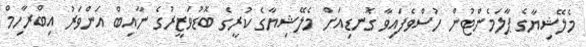
މެލޭޝިޔާގެ ޕާލަމެންޓުން ހުސްވެފައިވާ ގޮނޑިއަށް މެލޭޝިޔާގެ ކުރީގެ ބޮޑުވަޒީރުގެ ނާއިބް އަންވަރު އިބްރާހިމް